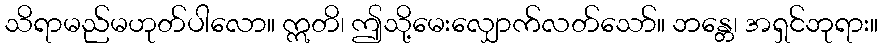
သိရာမည်မဟုတ်ပါလော။ ဣတိ၊ ဤသို့မေးလျှောက်လတ်သော်။ ဘန္တေ၊ အရှင်ဘုရား။